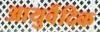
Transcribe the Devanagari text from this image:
आयुर्वॆदिक